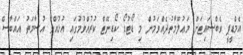
އެމްޑީޕީ ވެބްސައިޓަށް މަޢުލޫމާތުދެއްވަމުން މި ޑޯޓުޑޯ ކޯޑިނޭޓް ކުރުއްވުމުގައި އުޅުއްވާ އުސާމަތު އައްބާސް